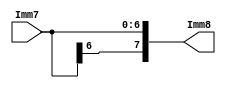
`timescale 1ns / 1ps

module SignExtender(Imm7,Imm8);
    input [6:0] Imm7;
    output [7:0] Imm8;
    assign Imm8=  {Imm7[6],Imm7[6:0]};
    
 endmodule